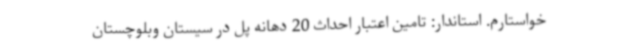
خواستارم. استاندار: تامین اعتبار احداث 20 دهانه پل در سیستان وبلوچستان